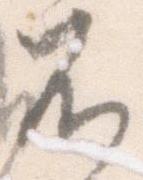
不